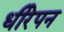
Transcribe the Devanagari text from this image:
धीरेपन